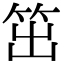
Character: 笜